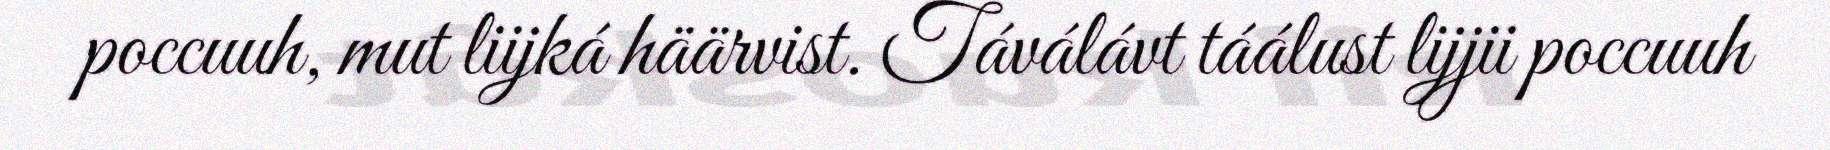
poccuuh, mut liijká häärvist. Táválávt táálust lijjii poccuuh